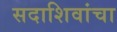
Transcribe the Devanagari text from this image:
सदाशिवांचा